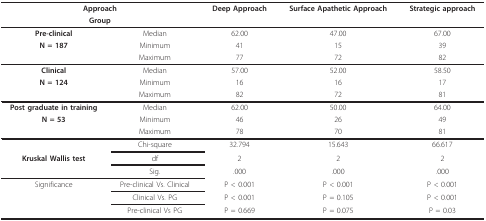
<table><thead><tr><td colspan="2"><b>Approach</b></td><td><b>Deep Approach</b></td><td><b>Surface Apathetic Approach</b></td><td><b>Strategic approach</b></td></tr><tr><td colspan="2"><b>Group</b></td><td></td><td></td><td></td></tr></thead><tbody><tr><td><b>Pre-clinical</b></td><td>Median</td><td>62.00</td><td>47.00</td><td>67.00</td></tr><tr><td><b>N = 187</b></td><td>Minimum</td><td>41</td><td>15</td><td>39</td></tr><tr><td></td><td>Maximum</td><td>77</td><td>72</td><td>82</td></tr><tr><td><b>Clinical</b></td><td>Median</td><td>57.00</td><td>52.00</td><td>58.50</td></tr><tr><td><b>N = 124</b></td><td>Minimum</td><td>16</td><td>16</td><td>17</td></tr><tr><td></td><td>Maximum</td><td>82</td><td>72</td><td>81</td></tr><tr><td><b>Post graduate in training</b></td><td>Median</td><td>62.00</td><td>50.00</td><td>64.00</td></tr><tr><td><b>N = 53</b></td><td>Minimum</td><td>46</td><td>26</td><td>49</td></tr><tr><td></td><td>Maximum</td><td>78</td><td>70</td><td>81</td></tr><tr><td></td><td>Chi-square</td><td>32.794</td><td>15.643</td><td>66.617</td></tr><tr><td><b>Kruskal Wallis test</b></td><td>df</td><td>2</td><td>2</td><td>2</td></tr><tr><td></td><td>Sig.</td><td>.000</td><td>.000</td><td>.000</td></tr><tr><td>Significance</td><td>Pre-clinical Vs. Clinical</td><td>P &lt; 0.001</td><td>P &lt; 0.001</td><td>P &lt; 0.001</td></tr><tr><td></td><td>Clinical Vs. PG</td><td>P &lt; 0.001</td><td>P = 0.105</td><td>P &lt; 0.001</td></tr><tr><td></td><td>Pre-clinical Vs PG</td><td>P = 0.669</td><td>P = 0.075</td><td>P = 0.03</td></tr></tbody></table>